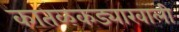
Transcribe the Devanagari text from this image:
कातळकड्याखाली